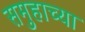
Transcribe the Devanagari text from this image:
समुहाच्या